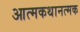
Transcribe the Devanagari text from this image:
आत्मकथानत्मक